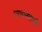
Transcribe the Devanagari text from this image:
श्मशानवासी